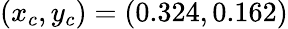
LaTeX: (x_{c},y_{c})=(0.324,0.162)